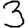
Digit: 3